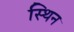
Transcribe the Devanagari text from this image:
स्थिन